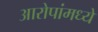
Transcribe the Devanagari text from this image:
आरोपांमध्ये